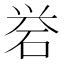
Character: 𪿝